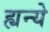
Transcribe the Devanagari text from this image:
ह्यन्ये